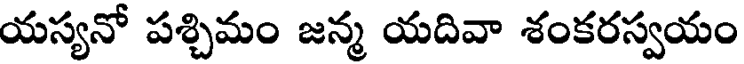
యస్యనో పశ్చిమం జన్మ యదివా శంకరస్వయం